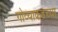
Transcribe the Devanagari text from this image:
गोव्याकडच्या